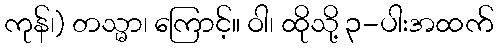
ကုန်၊) တသ္မာ၊ ကြောင့်။ ဝါ၊ ထိုသို့ ၃-ပါးအထက်